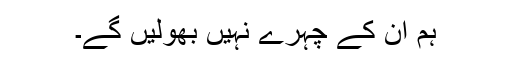
ہم ان کے چہرے نہیں بھولیں گے۔